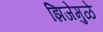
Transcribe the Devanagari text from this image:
झिजेमुळे